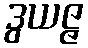
ဒွယဇ္ဇ